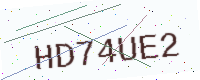
Text: HD74UE2